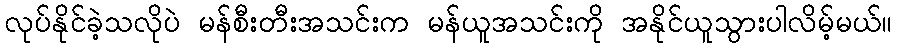
လုပ်နိုင်ခဲ့သလိုပဲ မန်စီးတီးအသင်းက မန်ယူအသင်းကို အနိုင်ယူသွားပါလိမ့်မယ်။